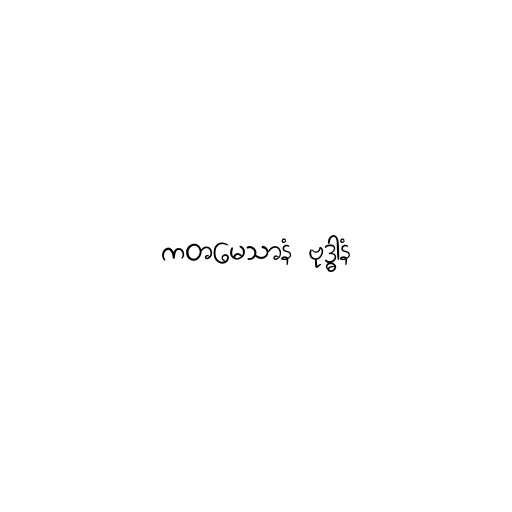
ကတမေသာနံ ဗုဒ္ဓါနံ